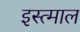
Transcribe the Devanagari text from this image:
इस्त्माल